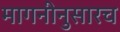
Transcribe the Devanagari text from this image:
मागनीनुसारच